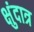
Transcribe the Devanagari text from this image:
क्षुंदात्र